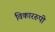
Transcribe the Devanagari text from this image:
विकाररुपी